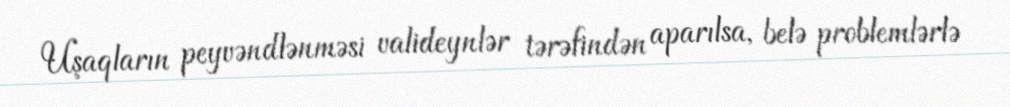
Uşaqların peyvəndlənməsi valideynlər tərəfindən aparılsa, belə problemlərlə